Vital statistics of India. Vol. IV, Annual returns from 1871 to 1876. British Army of India, Native Army and jails of Bengal
Year: 1871
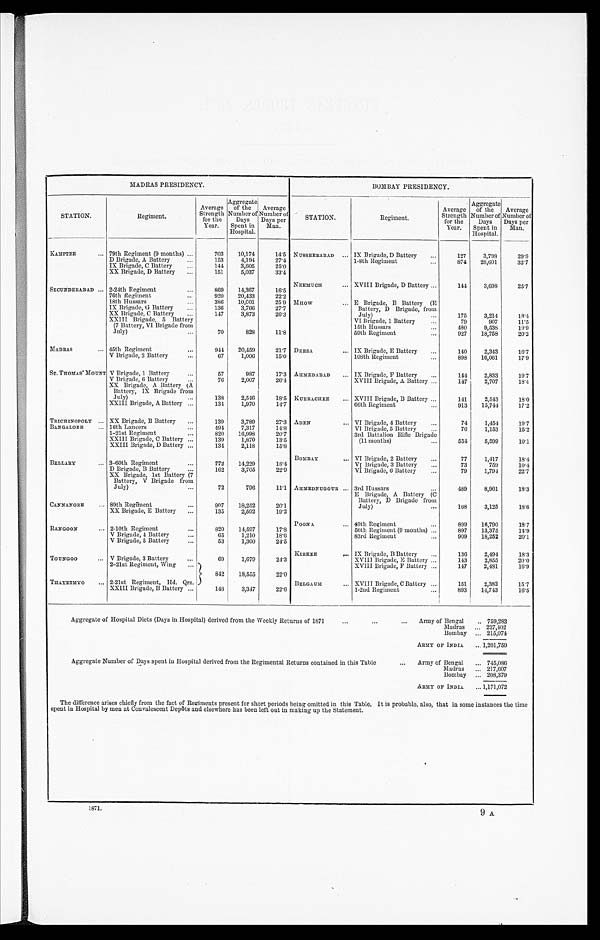
MADRAS PRESIDENCY.
BOMBAY PRESIDENCY.
STATION.
Regiment .
Average
Strength for
the
Year.
Aggregate
of the
Number of
Days
Spent in
Hospital.
Average
Number of
Days per
Man.
S T A T I O N .
Regiment.
Average
Strength
for the
Year.
Aggregate
of the
Number of
Days
Spent in
Hospital.
Average
Number of
Days per
Man .
KAMPTEE
79th Regiment (9 months)
703 10,174
14.5 NUSSEERABAD
IX Brigade, D Battery
127
3,798
29.9
D Brigade, A Battery
153
4,194
27.4
1-8th Regiment
874 28,601
32.7
IX Brigade, C Battery
144
3,605
25.0
XX Brigade, D Battery
151
5,037
33.4
SECUNDERABAD
2-24th Regiment
869 14,367
16.5
NEEMUCH
XVIII Brigade, D Battery
144
3,698
25.7
76th Regiment
920 20,433
22.2
18th Hussars
386 10,001
25.9
M H O W E Brigade, B Battery (E
Battery, D Brigade, from
July)
175
3,214
18.4
IX Brigade, G Battery ...
136
3,766
27.7
XX Brigade, C Battery
147
3,873
26.3
XXIII Brigade, 5 Battery
(7 Battery, VI Brigade from
July)
70
828
11.8
VI Brigade, 1 Battery
79
907
11.5
15th Hussars
480
9,538
19.9
59th Regiment
927 18,758
20.2
MADRAS
45th Regiment
944 20,459
21.7 DEESA IX Brigade, E Battery
140
2,343
16.7
V Brigade, 2 Battery
67
1,006
15.0
108th Regiment
898 16,061
17.9
ST. THOMAS' MOUNT V Brigade, 1 Battery
57
987
17.3 AHMEDABAD
IX Brigade, F Battery
144
2,833
19.7
V Brigade, 6 Battery
76
2,007
26.4
XVIII Brigade, A Battery
147
2,707
18.4
XX Brigade, A Battery (A
Battery, IX Brigade from
July)
138
2,546
18.5 KURRACHEE XVIII Brigade, B Battery
141
2,543
18.0
XXIII Brigade, A Battery
134
1,970
14.7
66th Regiment
913
15,744
17.2
TRICHINOPOLY
XX Brigade, B Battery
139
3,789
27.3 ADEN
VI Brigade, 4 Battery
74
1,454
19.7
BANGALORE
16th Lancers
494
7,317
14.8
VI Brigade, 5 Battery
76
1,153
15.2
1-21st Regiment
820
16,998
20.7
3rd Battalion Rifle Brigade
(11 months)
5 5 4 5,599
10.1
XXIII Brigade, C Battery
139
1,870
13.5
XXIII Brigade, D Battery
134
2,118
15.8
BOMBAY
VI Brigade, 2 Battery
77
1,417
18.4
BELLARY
3-60th Regiment
772 14,229
18.4
VI Brigade, 3 Battery
73
759
10.4
D Brigade, B Battery
162
3,705
22.9
VI. Brigade, 6 Battery
79
1,794
22.7
XX Brigade, 1st Battery (7
Battery, V Brigade from
July)
72
796
11.1
A H M E D N U G G U R 3rd Hussars
489
8,961
18.3
CANNANORE
89th Regiment
907
18,252
20.1
E Brigade, A Battery (C
Battery, D Brigade from
July)
168
3,125
18.0
XX Brigade, E Battery
135
2,592
19.2
POONA
49th Regiment
899 16,790
18.7
RANGOON
2-10th Regiment
820
14,597
17.8
56th Regiment (9 months)
897
13,375
14.9
V Brigade., 4 Battery
65
1,210
18.6
83rd Regiment
909 18,252
20.1
V Brigade, 5 Battery
53
1,300
24.5
KIRKEE
IX Brigade, B Battery
136
2,494
18.3
TOUNGOO V Brigade, 3 Battery
69
1,679
24.3
XVIII Brigade, E Battery
143
2,855
20.0
2-21st Regiment, Wing
842
18,555
22.0
XVIII Brigade, F Battery
147
2,481
16.9
THAYETMYO
2-21st Regiment, Hd. Qrs.
BELGAUM
XVIII Brigade, C Battery
151
2,382
15.7
XXIII Brigade, B Battery
148
3,347
22.6
1-2nd Regiment
893
14,743
16.5
A g g r e g a t e o f H o s p i t a l D i e t s ( D a y s i n H o s p i t a l ) d e r i v e d f r o m t h e W e e k l y R e t u r n s o f 1 8 7 1
Army of Bengal
759,283
Madras
227,402
Bombay
215,074
ARMY OF INDIA 1,,201,759
Aggregate Number of Days spent in Hospital derived from the Regimental Returns contained in this Table
Army of Bengal
745,086
Madras
217,607
Bombay ... 208,379
ARMY OF INDIA
1,171,072
The difference arises chiefly from the fact of Regiments present for short periods being omitted in this Table. It is probable., also, that in some instances the time
spent in Hospital by men at Convalescent Depôts and elsewhere has been left out in making up the Statement.
1871.
9 A